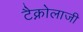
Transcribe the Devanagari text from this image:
टैक्नोलाजी